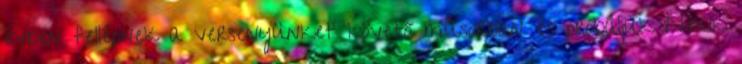
évben fellépnek a versenyünket követő műsorban és próbáljuk Nekik